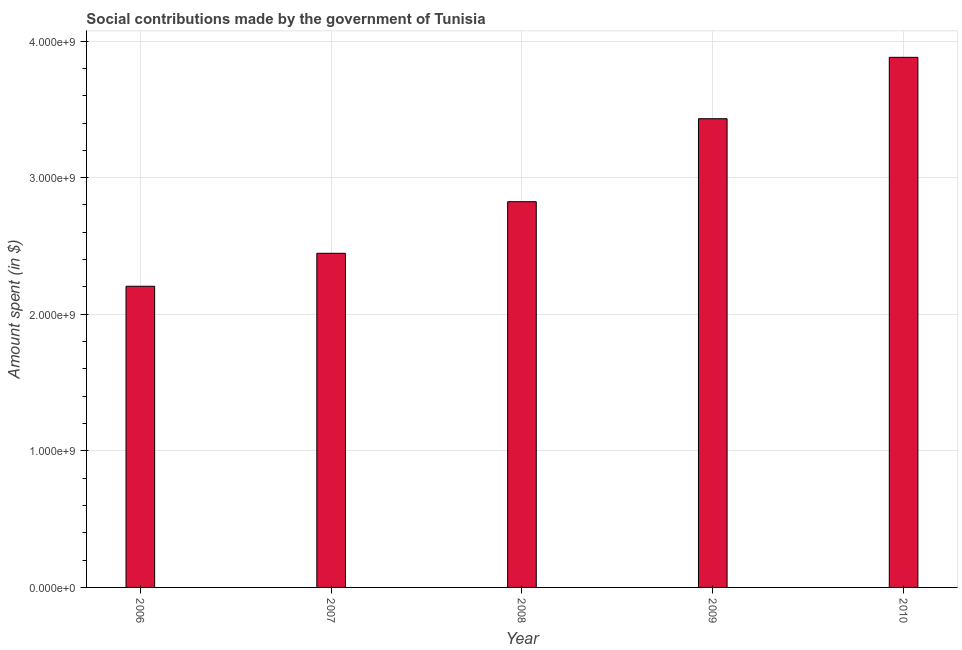
| Year | Social contributions |
 | --- | --- |
 | 2006 | 2.2e+09 |
 | 2007 | 2.45e+09 |
 | 2008 | 2.82e+09 |
 | 2009 | 3.43e+09 |
 | 2010 | 3.88e+09 |